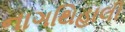
નાગથિહાલી